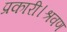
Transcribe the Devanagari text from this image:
प्रकारी।श्रवण